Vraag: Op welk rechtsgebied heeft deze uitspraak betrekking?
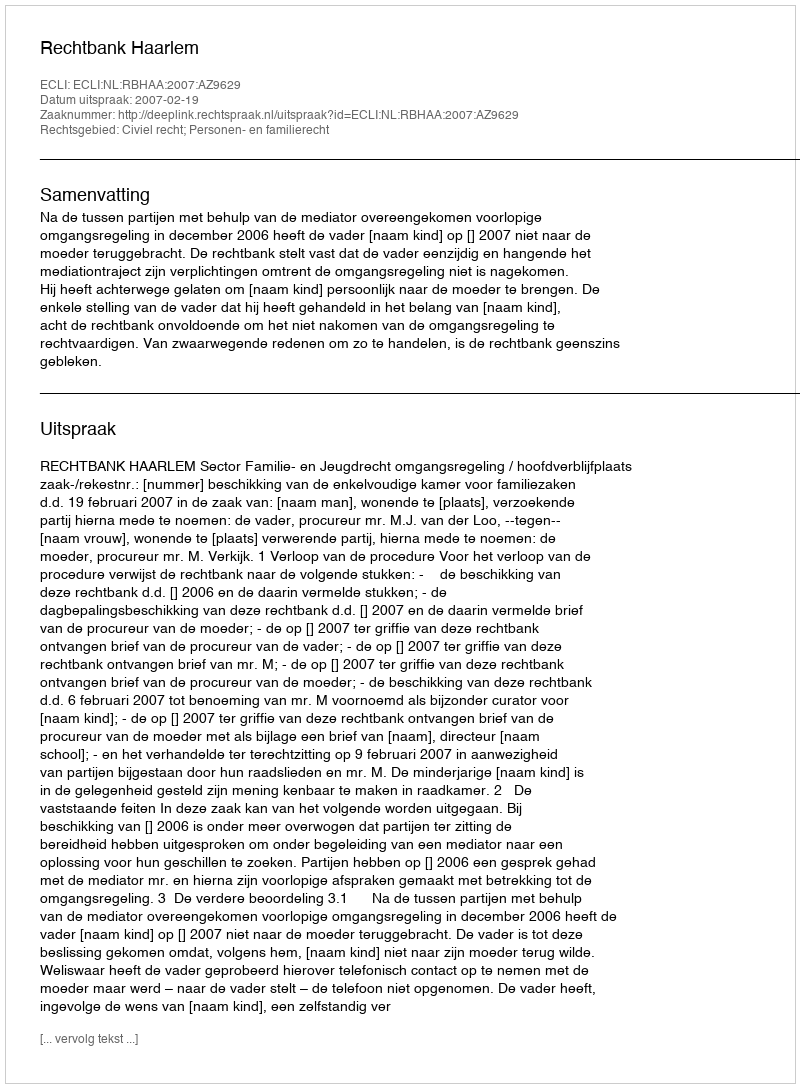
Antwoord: Civiel recht; Personen- en familierecht